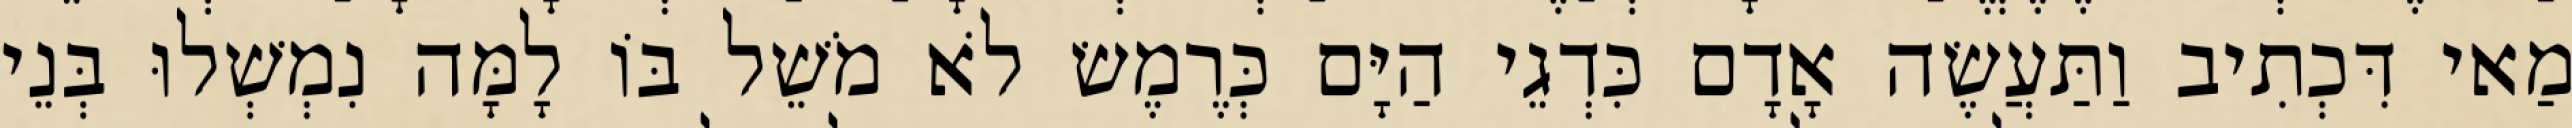
מַאי דִּכְתִיב וַתַּעֲשֶׂה אָדָם כִּדְגֵי הַיָּם כְּרֶמֶשׂ לֹא מֹשֵׁל בּוֹ לָמָּה נִמְשְׁלוּ בְּנֵי